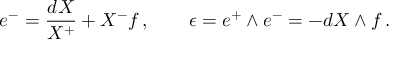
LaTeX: e ^ { - } = \frac { d X } { X ^ { + } } + X ^ { - } f \, , \qquad \epsilon = e ^ { + } \wedge e ^ { - } = - d X \wedge f \, .